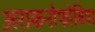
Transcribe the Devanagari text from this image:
अराकनोफोबिया